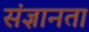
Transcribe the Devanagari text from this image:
संज्ञानता